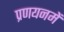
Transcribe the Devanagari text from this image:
प्रणयनमें